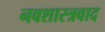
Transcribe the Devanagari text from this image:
नवशास्त्रवाद